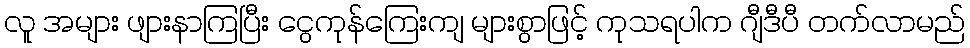
လူ အများ ဖျားနာကြပြီး ငွေကုန်ကြေးကျ များစွာဖြင့် ကုသရပါက ဂျီဒီပီ တက်လာမည်